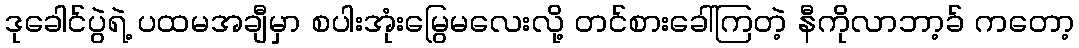
ဒုခေါင်ပွဲရဲ့ ပထမအချီမှာ စပါးအုံးမြွေမလေးလို့ တင်စားခေါ်ကြတဲ့ နီကိုလာဘာ့ခ် ကတော့